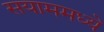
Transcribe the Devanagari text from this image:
सयाममध्ये